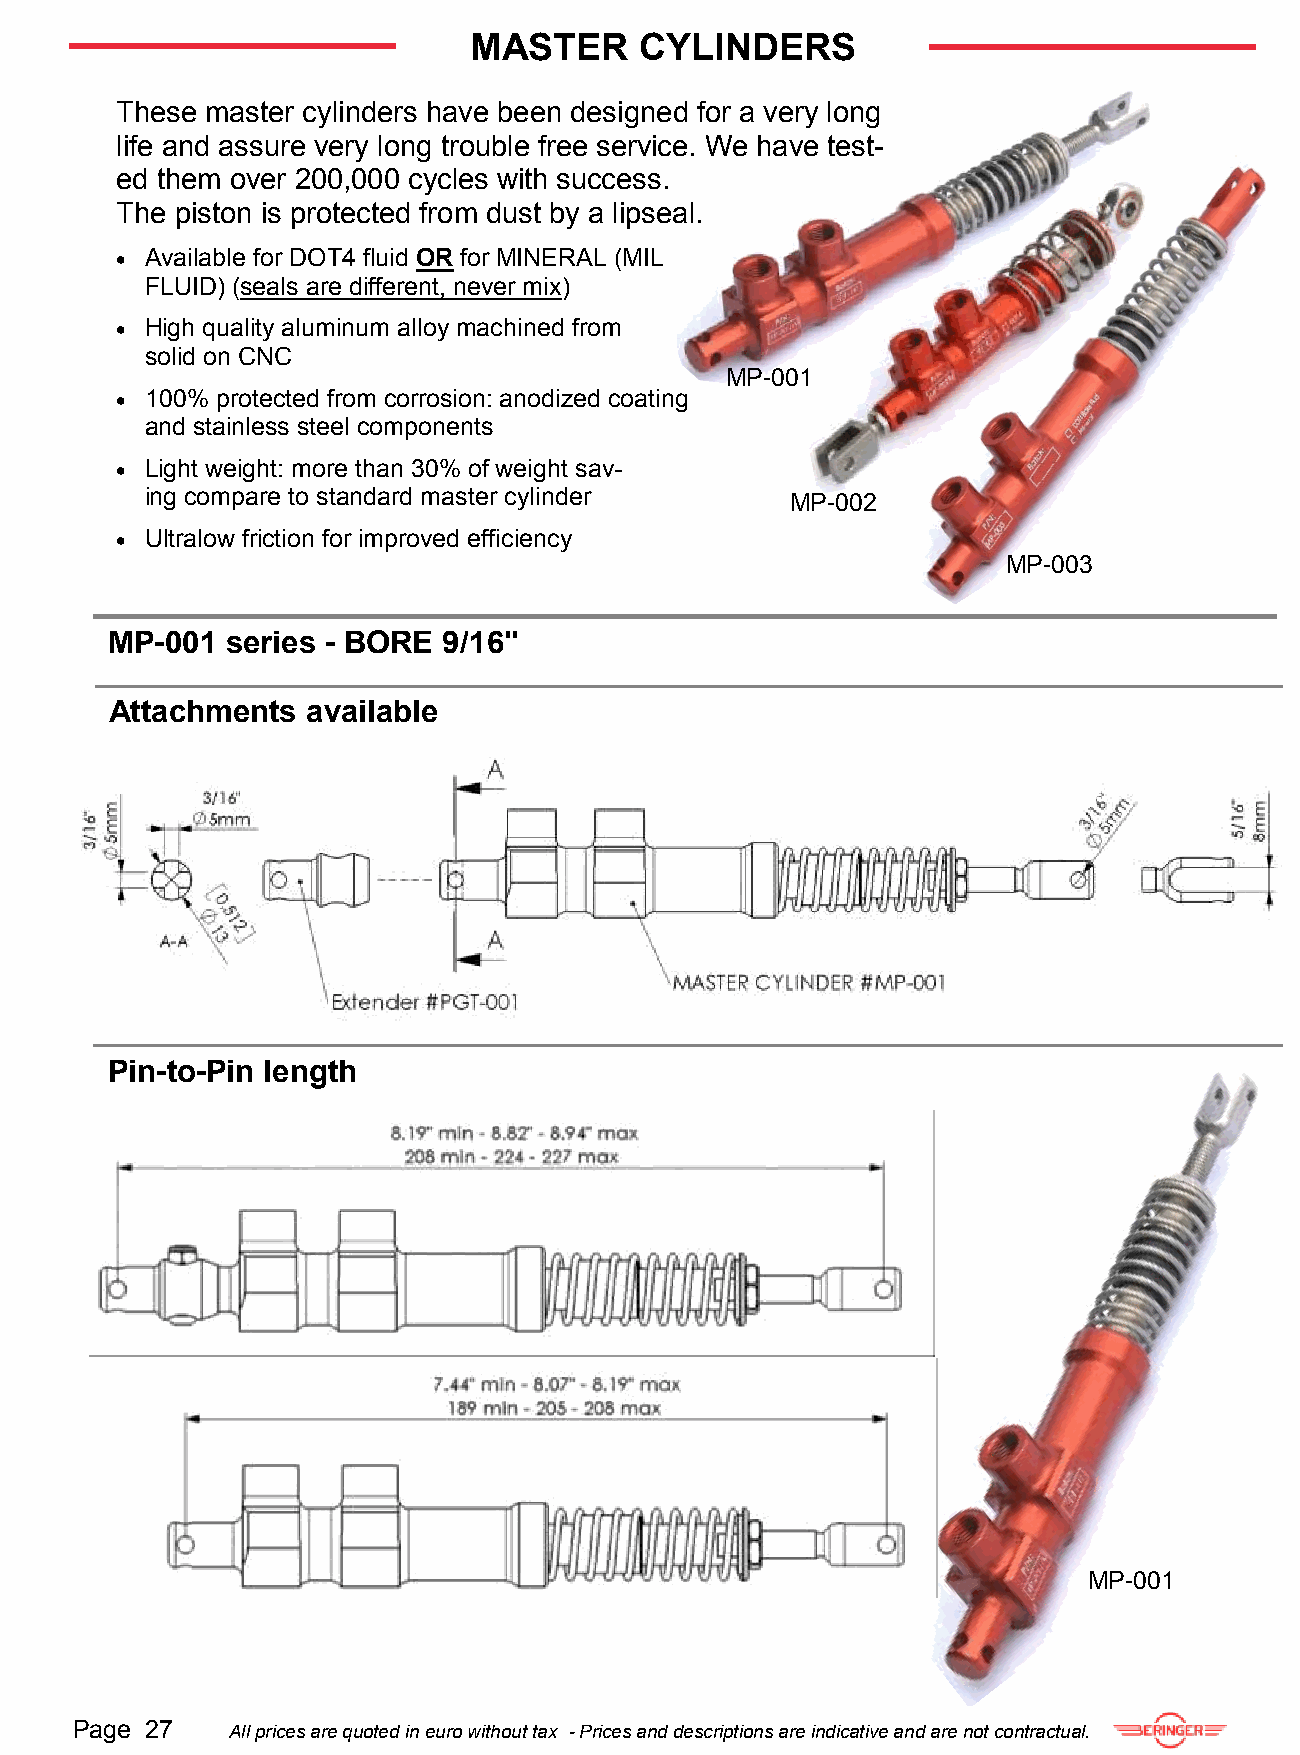
MASTER     CYLINDERS
 These master cylinders have been designed for a very long
 life and assure very long trouble free service. We have test-
 ed them over 200,000 cycles with success.
 The piston is protected from dust by a lipseal.
  Available for DOT4 fluid OR for MINERAL (MIL
 FLUID) (seals are different, never mix)
  High quality aluminum alloy machined from
 solid on CNC
 MP-001
  100% protected from corrosion: anodized coating
 and stainless steel components
  Light weight: more than 30% of weight sav-
 ing compare to standard master cylinder   MP-002
  Ultralow friction for improved efficiency
 MP-003
 MP-001  series - BORE 9/16"
 Attachments  available
 Pin-to-Pin length
 MP-001
 Page 27   All prices are quoted in euro without tax - Prices and descriptions are indicative and are not contractual.